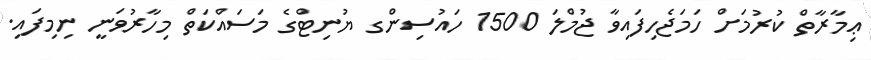
ޢިމާރާތް ކުރުމަށް ހަމަޖެހިފައިވާ ޖުމްލަ 1500 ހައުސިންގ ޔުނިޓްގެ މަސައްކަތް މިހާރުވަނީ ނިމިފައި.